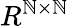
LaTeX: R^{\mathbb{N}\times\mathbb{N}}